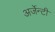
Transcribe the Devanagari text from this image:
अर्जेन्टी